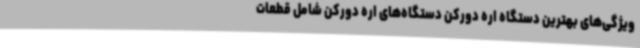
ویژگی‌های بهترین دستگاه اره دورکن دستگاه‌های اره دورکن شامل قطعات